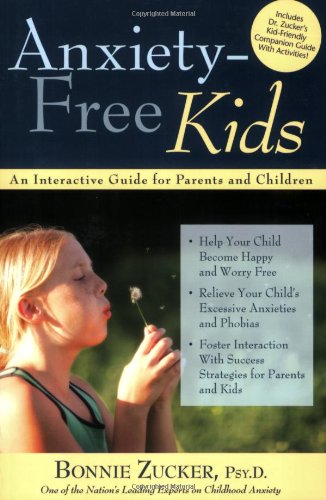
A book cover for Anxiety-Free Kids: An Interactive Guide for Parents and Children; Bonnie Zucker; Health, Fitness & Dieting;